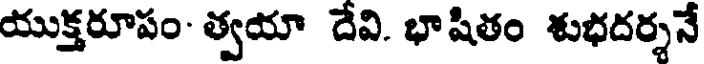
యుక్తరూపం- త్వయా దేవి. భాషితం శుభదర్శనే